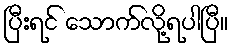
ပြီးရင် သောက်လို့ရပါပြီ။